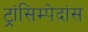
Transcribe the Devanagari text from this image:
ट्रांसिम्पेदांस